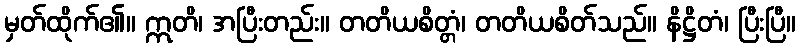
မှတ်ထိုက်၏။ ဣတိ၊ အပြီးတည်း။ တတိယစိတ္တံ၊ တတိယစိတ်သည်။ နိဋ္ဌိတံ၊ ပြီးပြီ။